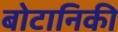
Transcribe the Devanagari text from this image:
बोटानिकी